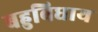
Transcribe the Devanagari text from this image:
बहुबिधाय